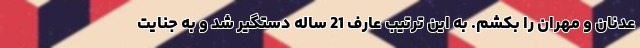
عدنان و مهران را بکشم. به این ترتیب عارف 21 ساله دستگیر شد و به جنایت